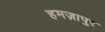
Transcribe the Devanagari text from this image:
हमज़ापुर